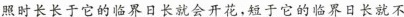
照时长长于它的临界日长就会开花，短于它的临界日长就不